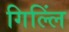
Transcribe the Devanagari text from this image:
गिल्लिं